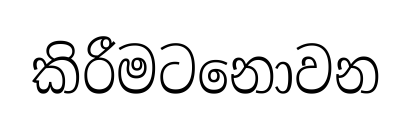
කිරීමටනොවන